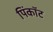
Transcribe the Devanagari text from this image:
पिंकॉट